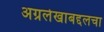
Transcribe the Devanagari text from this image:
अग्रलेखाबद्दलचा